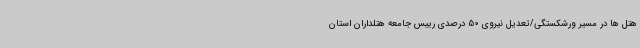
هتل ها در مسیر ورشکستگی/تعدیل نیروی 50 درصدی رییس جامعه هتلداران استان